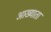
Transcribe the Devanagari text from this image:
आख्याता